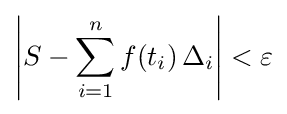
\left|S-\sum _{i=1}^{n}f(t_{i})\,\Delta _{i}\right|<\varepsilon